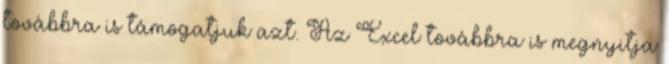
továbbra is támogatjuk azt. Az Excel továbbra is megnyitja